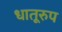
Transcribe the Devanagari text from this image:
धातूरुप